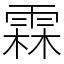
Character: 霖